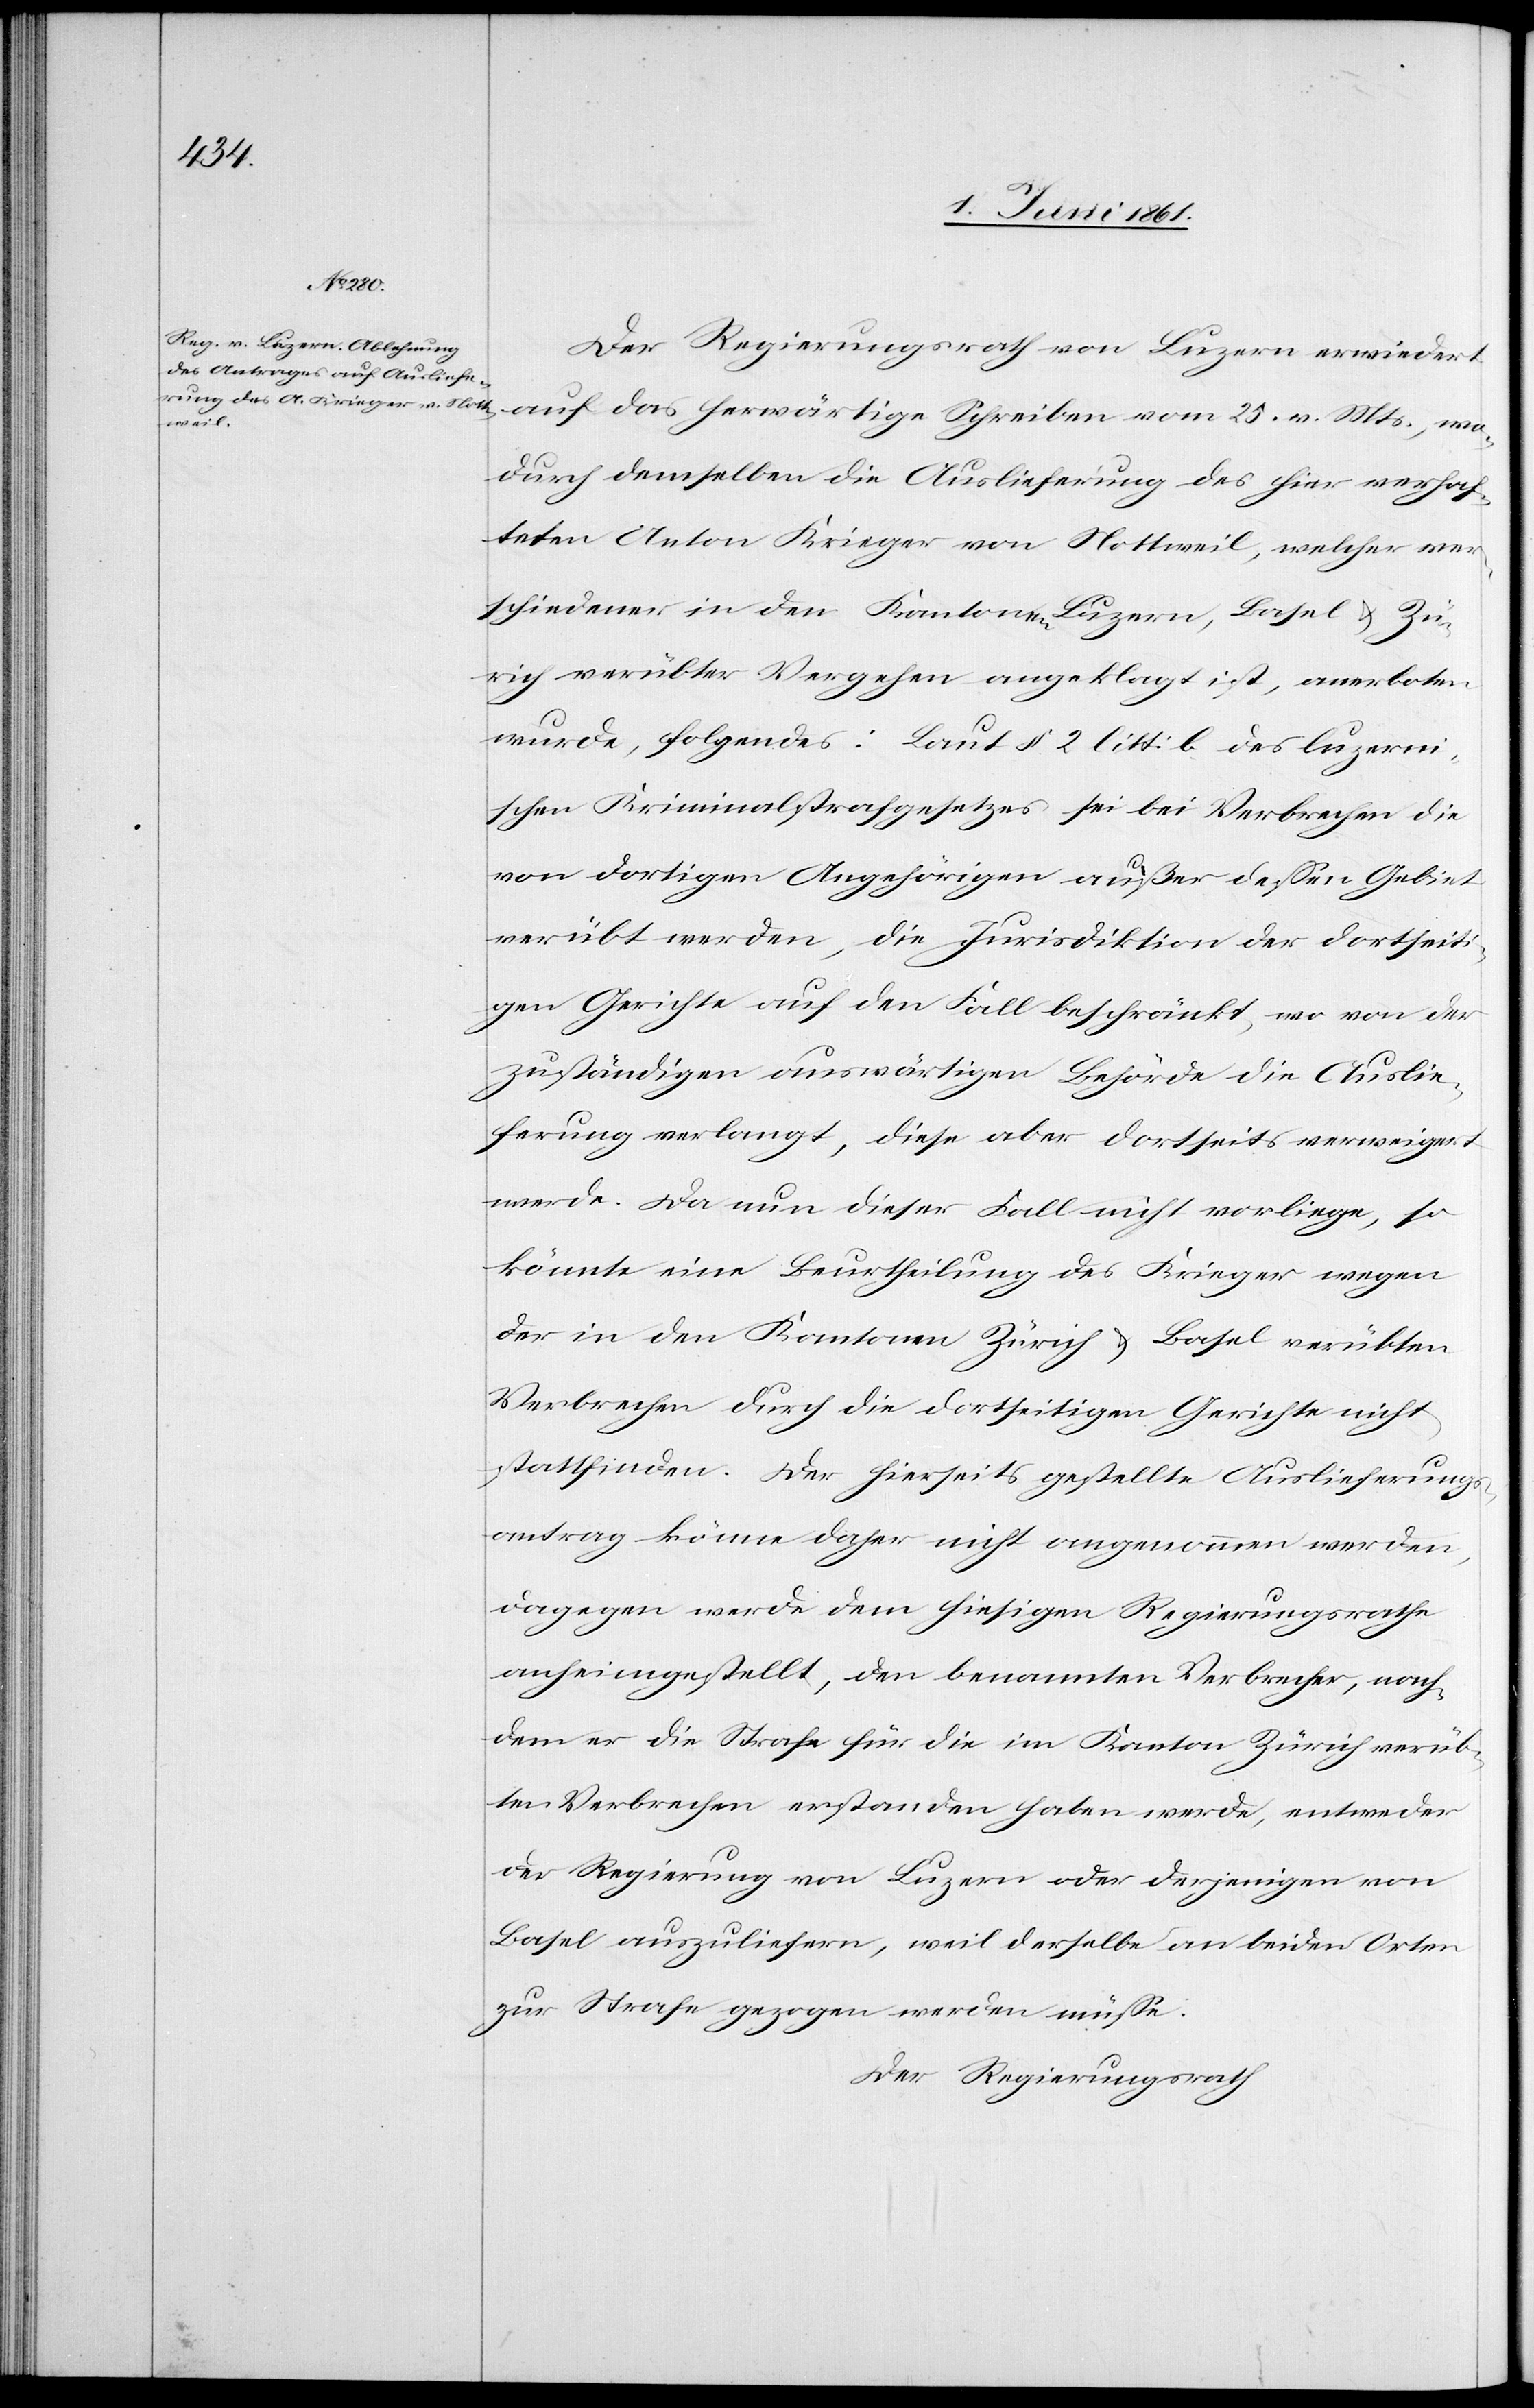
Der Regierungsrath von Luzern erwiedert
auf das herwärtige Schreiben vom 25. v. Mts., wo¬
durch demselben die Auslieferung des hier verhaf¬
teten Anton Krieger von Nottweil, welcher ver¬
schiedener in den Kantonen Luzern, Basel u. Zü¬
rich verübter Vergehen angeklagt ist, anerboten
wurde, folgendes: Laut §. 2 litt: b des luzerni¬
schen Kriminalstrafgesetzes sei bei Verbrechen die
von dortigen Angehörigen außer dessen Gebiet
verübt werden, die Jurisdiktion der dortseit¬
igen Gerichte auf den Fall beschränkt, wo von der
zuständigen auswärtigen Behörde die Auslie¬
ferung verlangt, dies aber dortseits verweigert
werde. Da nun dieser Fall nicht vorliege, so
könnte eine Beurtheilung des Krieger wegen
der in den Kantonen Zürich u. Basel verübten
Verbrechen durch die dortseitigen Gerichte nicht
stattfinden. Der hierseits gestellte Auslieferungs¬
antrag könne daher nicht angenommen werden,
dagegen werde dem hiesigen Regierungsrathe
anheimgestellt, den benannten Verbrecher, nach¬
dem er die Strafe für die im Kanton Zürich verüb¬
ten Verbrechen erstanden haben werde, entweder
der Regierung von Luzern oder derjenigen von
Basel auszuliefern, weil derselbe an beiden Orten
zur Strafe gezogen werden müsse.
Der Regierungsrath